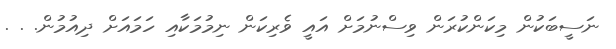
ނަސީބަކުން މިކަންކުރަން ވިސްނުމަށް އައީ ވެރިކަން ނިމުމަކާއި ހަމައަށް ދިއުމުން. . .